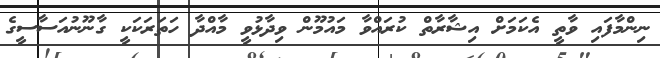
ނިންމާފައި ވާތީ އެކަމަށް އިޝާރާތް ކުރައްވާ މައުމޫން ވިދާޅުވީ މާއްދާ ހަތަރަކަކީ ގާނޫނުއަސާސީގެ